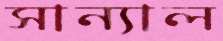
সান্যাল